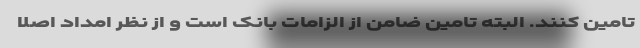
تامین کنند. البته تامین ضامن از الزامات بانک است و از نظر امداد اصلا